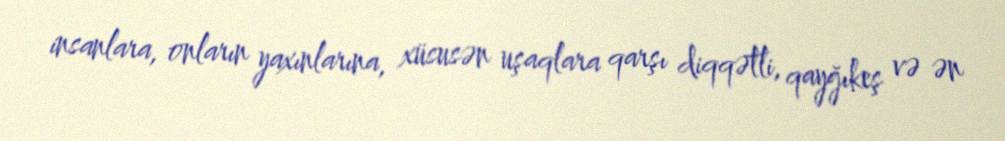
insanlara, onların yaxınlarına, xüsusən uşaqlara qarşı diqqətli, qayğıkeş və ən